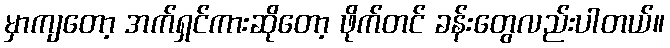
မှာကျတော့ အက်ရှင်ကားဆိုတော့ ဖိုက်တင် ခန်းတွေလည်းပါတယ်။